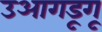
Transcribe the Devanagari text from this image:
उआगडूगू